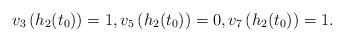
LaTeX: \begin{align*}v_3\left( h_2(t_0) \right) = 1, v_5\left( h_2(t_0) \right) = 0, v_7\left( h_2(t_0) \right) = 1.\end{align*}